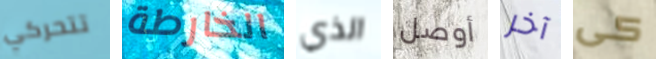
تتحركي الخارطة الذي أوصل آخر كى